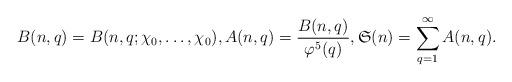
LaTeX: \begin{align*}\begin{aligned}B(n,q)=B(n,q;\chi_{0},\ldots,\chi_{0}),A(n,q)=\frac{B(n,q)}{\varphi^{5}(q)},\mathfrak{S}(n)=\sum\limits_{q=1}^{\infty}A(n,q).\end{aligned}\end{align*}